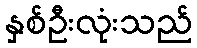
နှစ်ဦးလုံးသည်